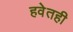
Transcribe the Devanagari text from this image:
हवेतही